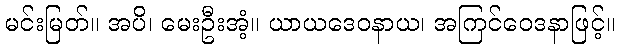
မင်းမြတ်။ အပိ၊ မေးဦးအံ့။ ယာယဒေဝနာယ၊ အကြင်ဝေဒနာဖြင့်။